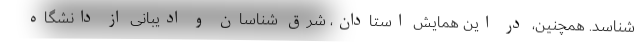
شناسد. همچنین، در این همایش استادان، شرق شناسان و ادیبانی از دانشگاه